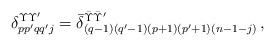
LaTeX: \begin{align*}\delta_{pp'qq'j}^{\Upsilon \Upsilon'} = \Bar{\delta}_{(q-1)(q'-1)(p+1)(p'+1)(n-1-j)}^{\Bar{\Upsilon} \Bar{\Upsilon}'} \,,\end{align*}